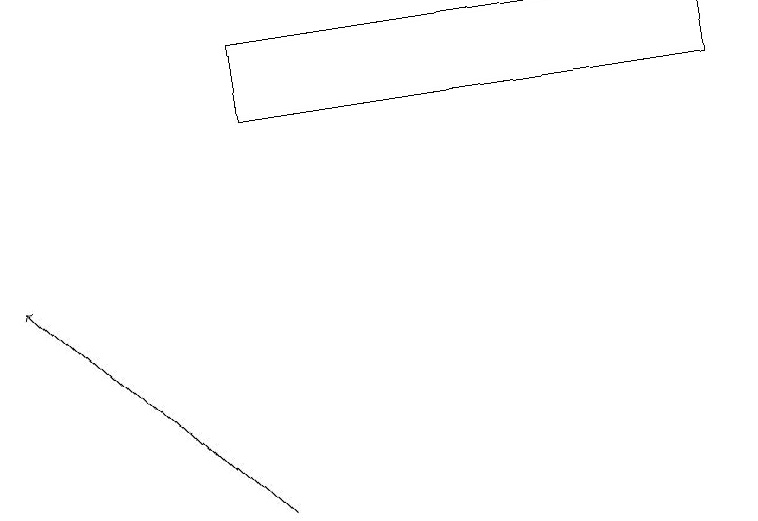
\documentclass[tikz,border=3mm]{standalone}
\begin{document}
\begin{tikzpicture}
\draw (0,12) rectangle (2,12);
\draw[->] (3,12) -- (0,15);
\draw (9,18) rectangle (3,17);
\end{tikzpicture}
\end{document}